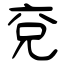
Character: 兗